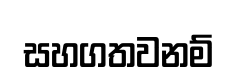
සහගතවනම්